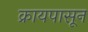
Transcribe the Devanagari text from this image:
क्रायपासून